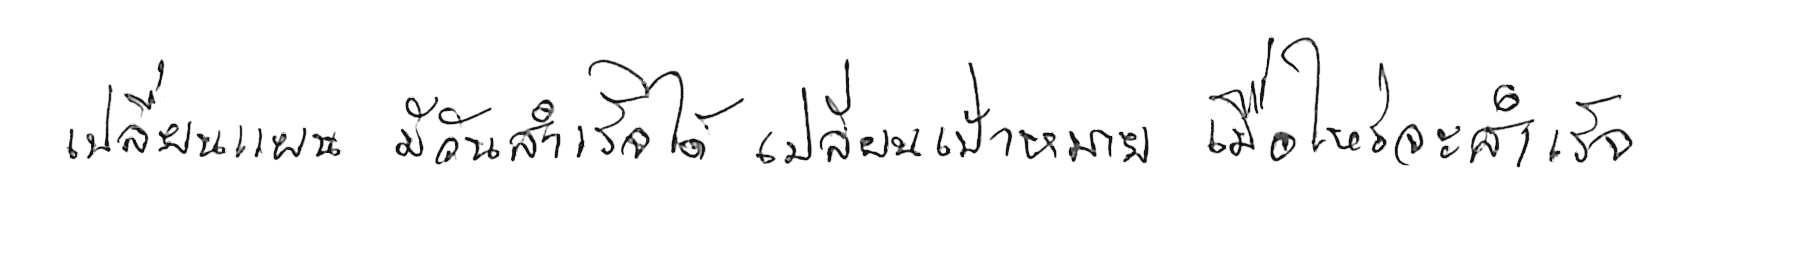
เปลี่ยนแผน มีวันสำเร็จได้ เปลี่ยนเป้าหมาย เมื่อไหร่จะสำเร็จ